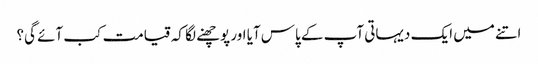
اتنے میں ایک دیہاتی آپ کے پاس آیا اور پوچھنے لگا کہ قیامت کب آئے گی؟